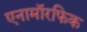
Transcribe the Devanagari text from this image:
एनामॉरफिक